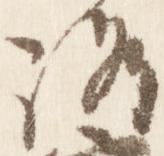
路